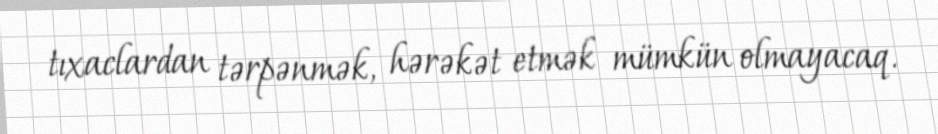
tıxaclardan tərpənmək, hərəkət etmək mümkün olmayacaq.